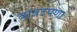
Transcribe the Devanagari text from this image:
वात्रटपणा